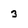
Character: 3